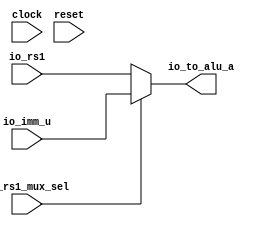
`ifdef RANDOMIZE_GARBAGE_ASSIGN
`define RANDOMIZE
`endif
`ifdef RANDOMIZE_INVALID_ASSIGN
`define RANDOMIZE
`endif
`ifdef RANDOMIZE_REG_INIT
`define RANDOMIZE
`endif
`ifdef RANDOMIZE_MEM_INIT
`define RANDOMIZE
`endif

module alu_rs1_mux(
  input   clock,
  input   reset,
  input  [31:0] io_rs1,
  input  [31:0] io_imm_u,
  input   io_rs1_mux_sel,
  output [31:0] io_to_alu_a
);
  wire  _T_10;
  wire [31:0] _T_12;
  wire [31:0] _T_13;
  assign io_to_alu_a = _T_13;
  assign _T_10 = io_rs1_mux_sel == 1'h0;
  assign _T_12 = io_rs1_mux_sel ? io_imm_u : io_rs1;
  assign _T_13 = _T_10 ? io_rs1 : _T_12;
endmodule